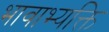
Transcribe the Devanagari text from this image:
भावाभ्यक्ति